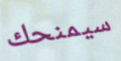
سيمنحك